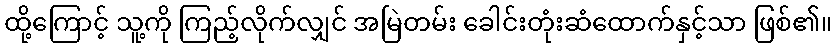
ထို့ကြောင့် သူ့ကို ကြည့်လိုက်လျှင် အမြဲတမ်း ခေါင်းတုံးဆံထောက်နှင့်သာ ဖြစ်၏။